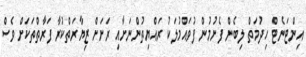
އިންޓަނެޓް ހިދުމަތް ލިބެން ފެށުމުން ފުވައްމުލަކު ރައްޔިތުންނަށާއި ރަށަށް ޒިޔާރަތްކުރާ ފަރާތްތަކަށް ވެސް